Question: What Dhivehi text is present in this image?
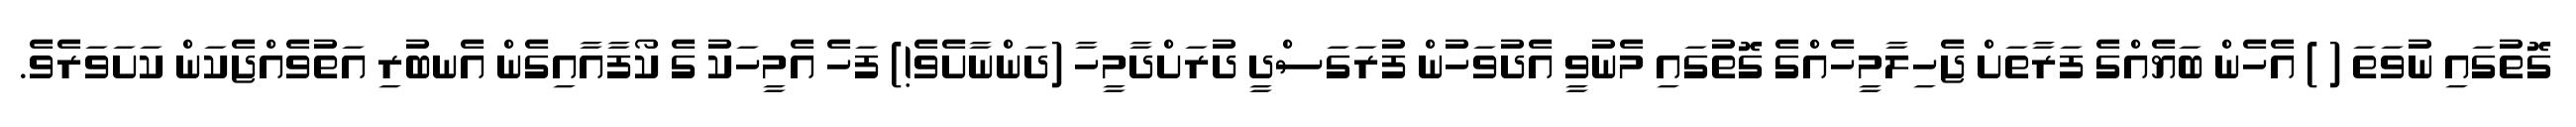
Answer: ގޮތުގައި ނުވަތަ ( ) އެހެން ބަޔެއްގެ ފަރާތަށް ޖެހިލާމީހެއްގެ ގޮތުގައި މެނުވީ އެދުވަހުން ފުރަގަސްދީ ދުރަށްދާމީހާ (ދަންނާށެވެ!) ފަހެ އެމީހަކު ގެ ކޯފާއާއިގެން އެނބުރި އަތުވެއްޖެކަން ކަށަވަރެވެ.